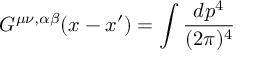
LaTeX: G ^ { \mu \nu , \alpha \beta } ( x - x ^ { \prime } ) = \int \frac { d p ^ { 4 } } { ( 2 \pi ) ^ { 4 } }